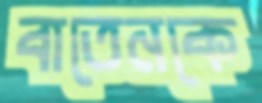
বাতেনকে